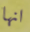
انها